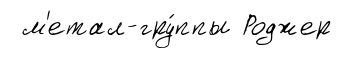
м'етал-гру́ппы Роджер